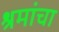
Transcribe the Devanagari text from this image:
श्रमांचा